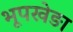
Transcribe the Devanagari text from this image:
भूपखेङा